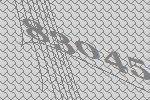
83045